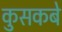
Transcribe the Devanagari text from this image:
कुसकबे